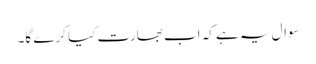
سوال یہ ہے کہ اب بھارت کیا کرے گا۔